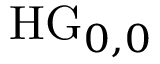
\mathrm { H G } _ { 0 , 0 }